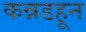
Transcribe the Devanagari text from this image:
कन्नडहून